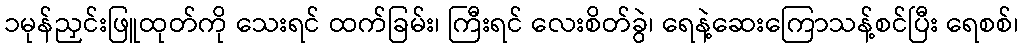
၁မုန်ညှင်းဖြူထုတ်ကို သေးရင် ထက်ခြမ်း၊ ကြီးရင် လေးစိတ်ခွဲ၊ ရေနဲ့ဆေးကြောသန့်စင်ပြီး ရေစစ်၊